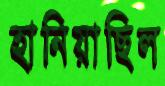
হানিয়াছিল